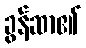
ခွန်ဆာ၏